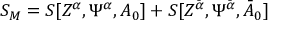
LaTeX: S _ { M } = S [ Z ^ { \alpha } , \Psi ^ { \alpha } , A _ { 0 } ] + S [ Z ^ { { \bar { \alpha } } } , \Psi ^ { { \bar { \alpha } } } , { \bar { A } } _ { 0 } ]